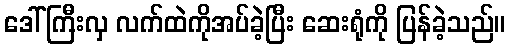
ဒေါ်ကြီးလှ လက်ထဲကိုအပ်ခဲ့ပြီး ဆေးရုံကို ပြန်ခဲ့သည်။